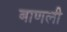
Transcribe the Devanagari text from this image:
बाणली